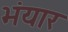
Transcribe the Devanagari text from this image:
भंयार